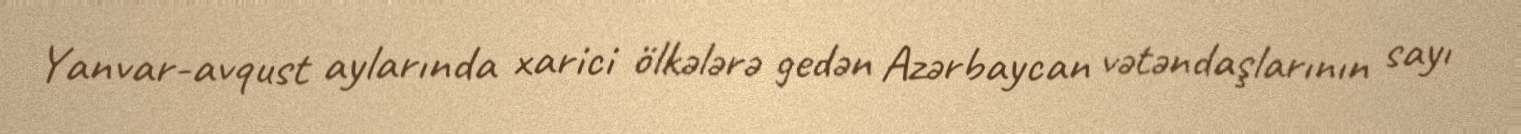
Yanvar-avqust aylarında xarici ölkələrə gedən Azərbaycan vətəndaşlarının sayı